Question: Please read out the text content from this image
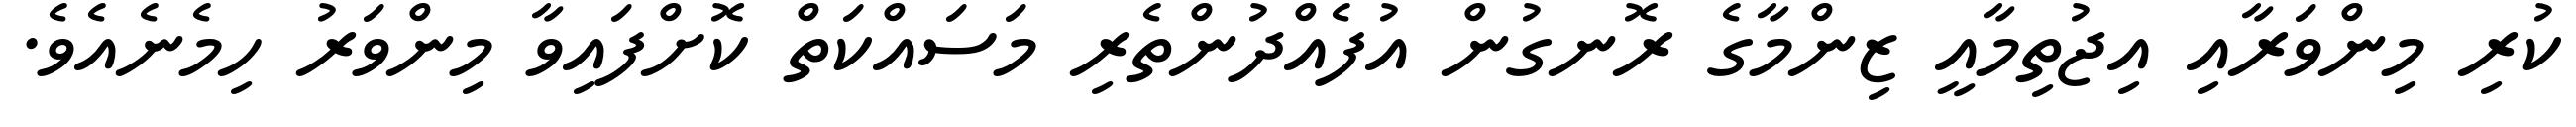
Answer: ކުރި މިންވަރާއި އިޖުތިމާއީ ޒިންމާގެ ރޮނގުން އުފެއްދުންތެރި މަސައްކަތް ކޮށްފައިވާ މިންވަރު ހިމެނެއެވެ.